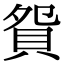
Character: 𧵍